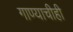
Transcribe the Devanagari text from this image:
गाण्याचीही